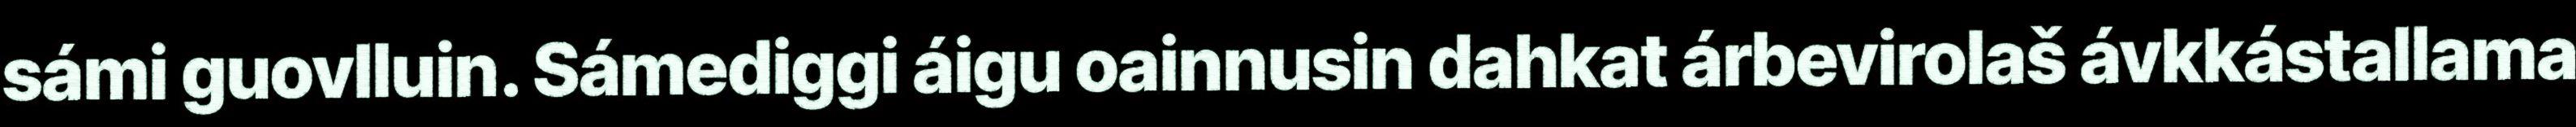
sámi guovlluin. Sámediggi áigu oainnusin dahkat árbevirolaš ávkkástallama